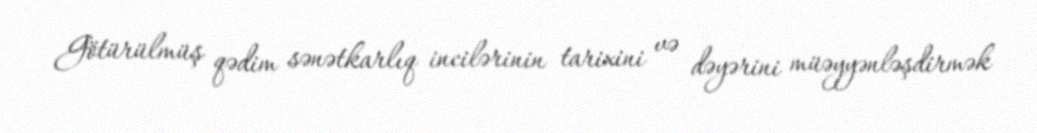
Götürülmüş qədim sənətkarlıq incilərinin tarixini və dəyərini müəyyənləşdirmək